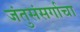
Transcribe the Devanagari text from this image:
जंतुसंसर्गाचा